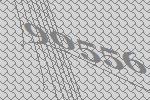
90556